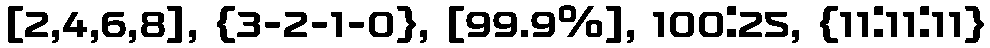
[2,4,6,8], {3-2-1-0}, [99.9%], 100:25, {11:11:11}